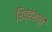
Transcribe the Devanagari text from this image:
रिव्हेराची